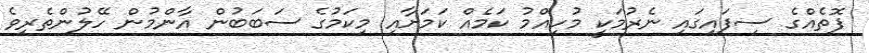
ފޮތެއްގެ ސިފައިގައި ނެރުމަކީ މުހިއްމު ކަމެއް ކަމަށާއި މިކަމުގެ ސަބަބުން އާންމުން ހޭލުންތެރިވެ